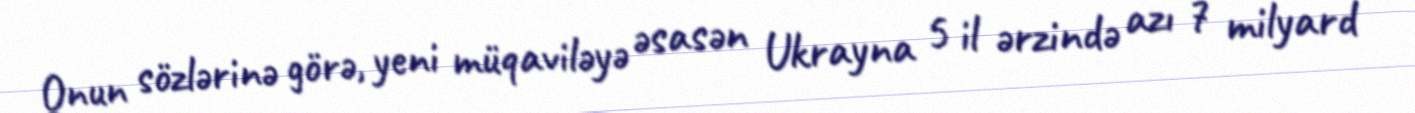
Onun sözlərinə görə, yeni müqaviləyə əsasən Ukrayna 5 il ərzində azı 7 milyard